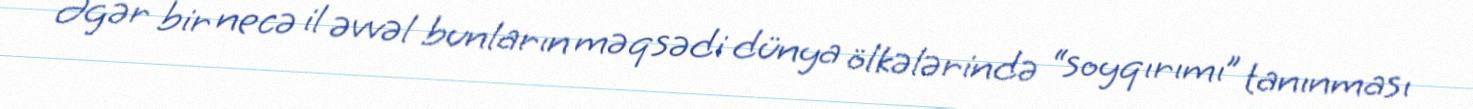
Əgər bir necə il əvvəl bunların məqsədi dünya ölkələrində “soyqırımı” tanınması